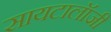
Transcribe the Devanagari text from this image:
सायटालॉजी